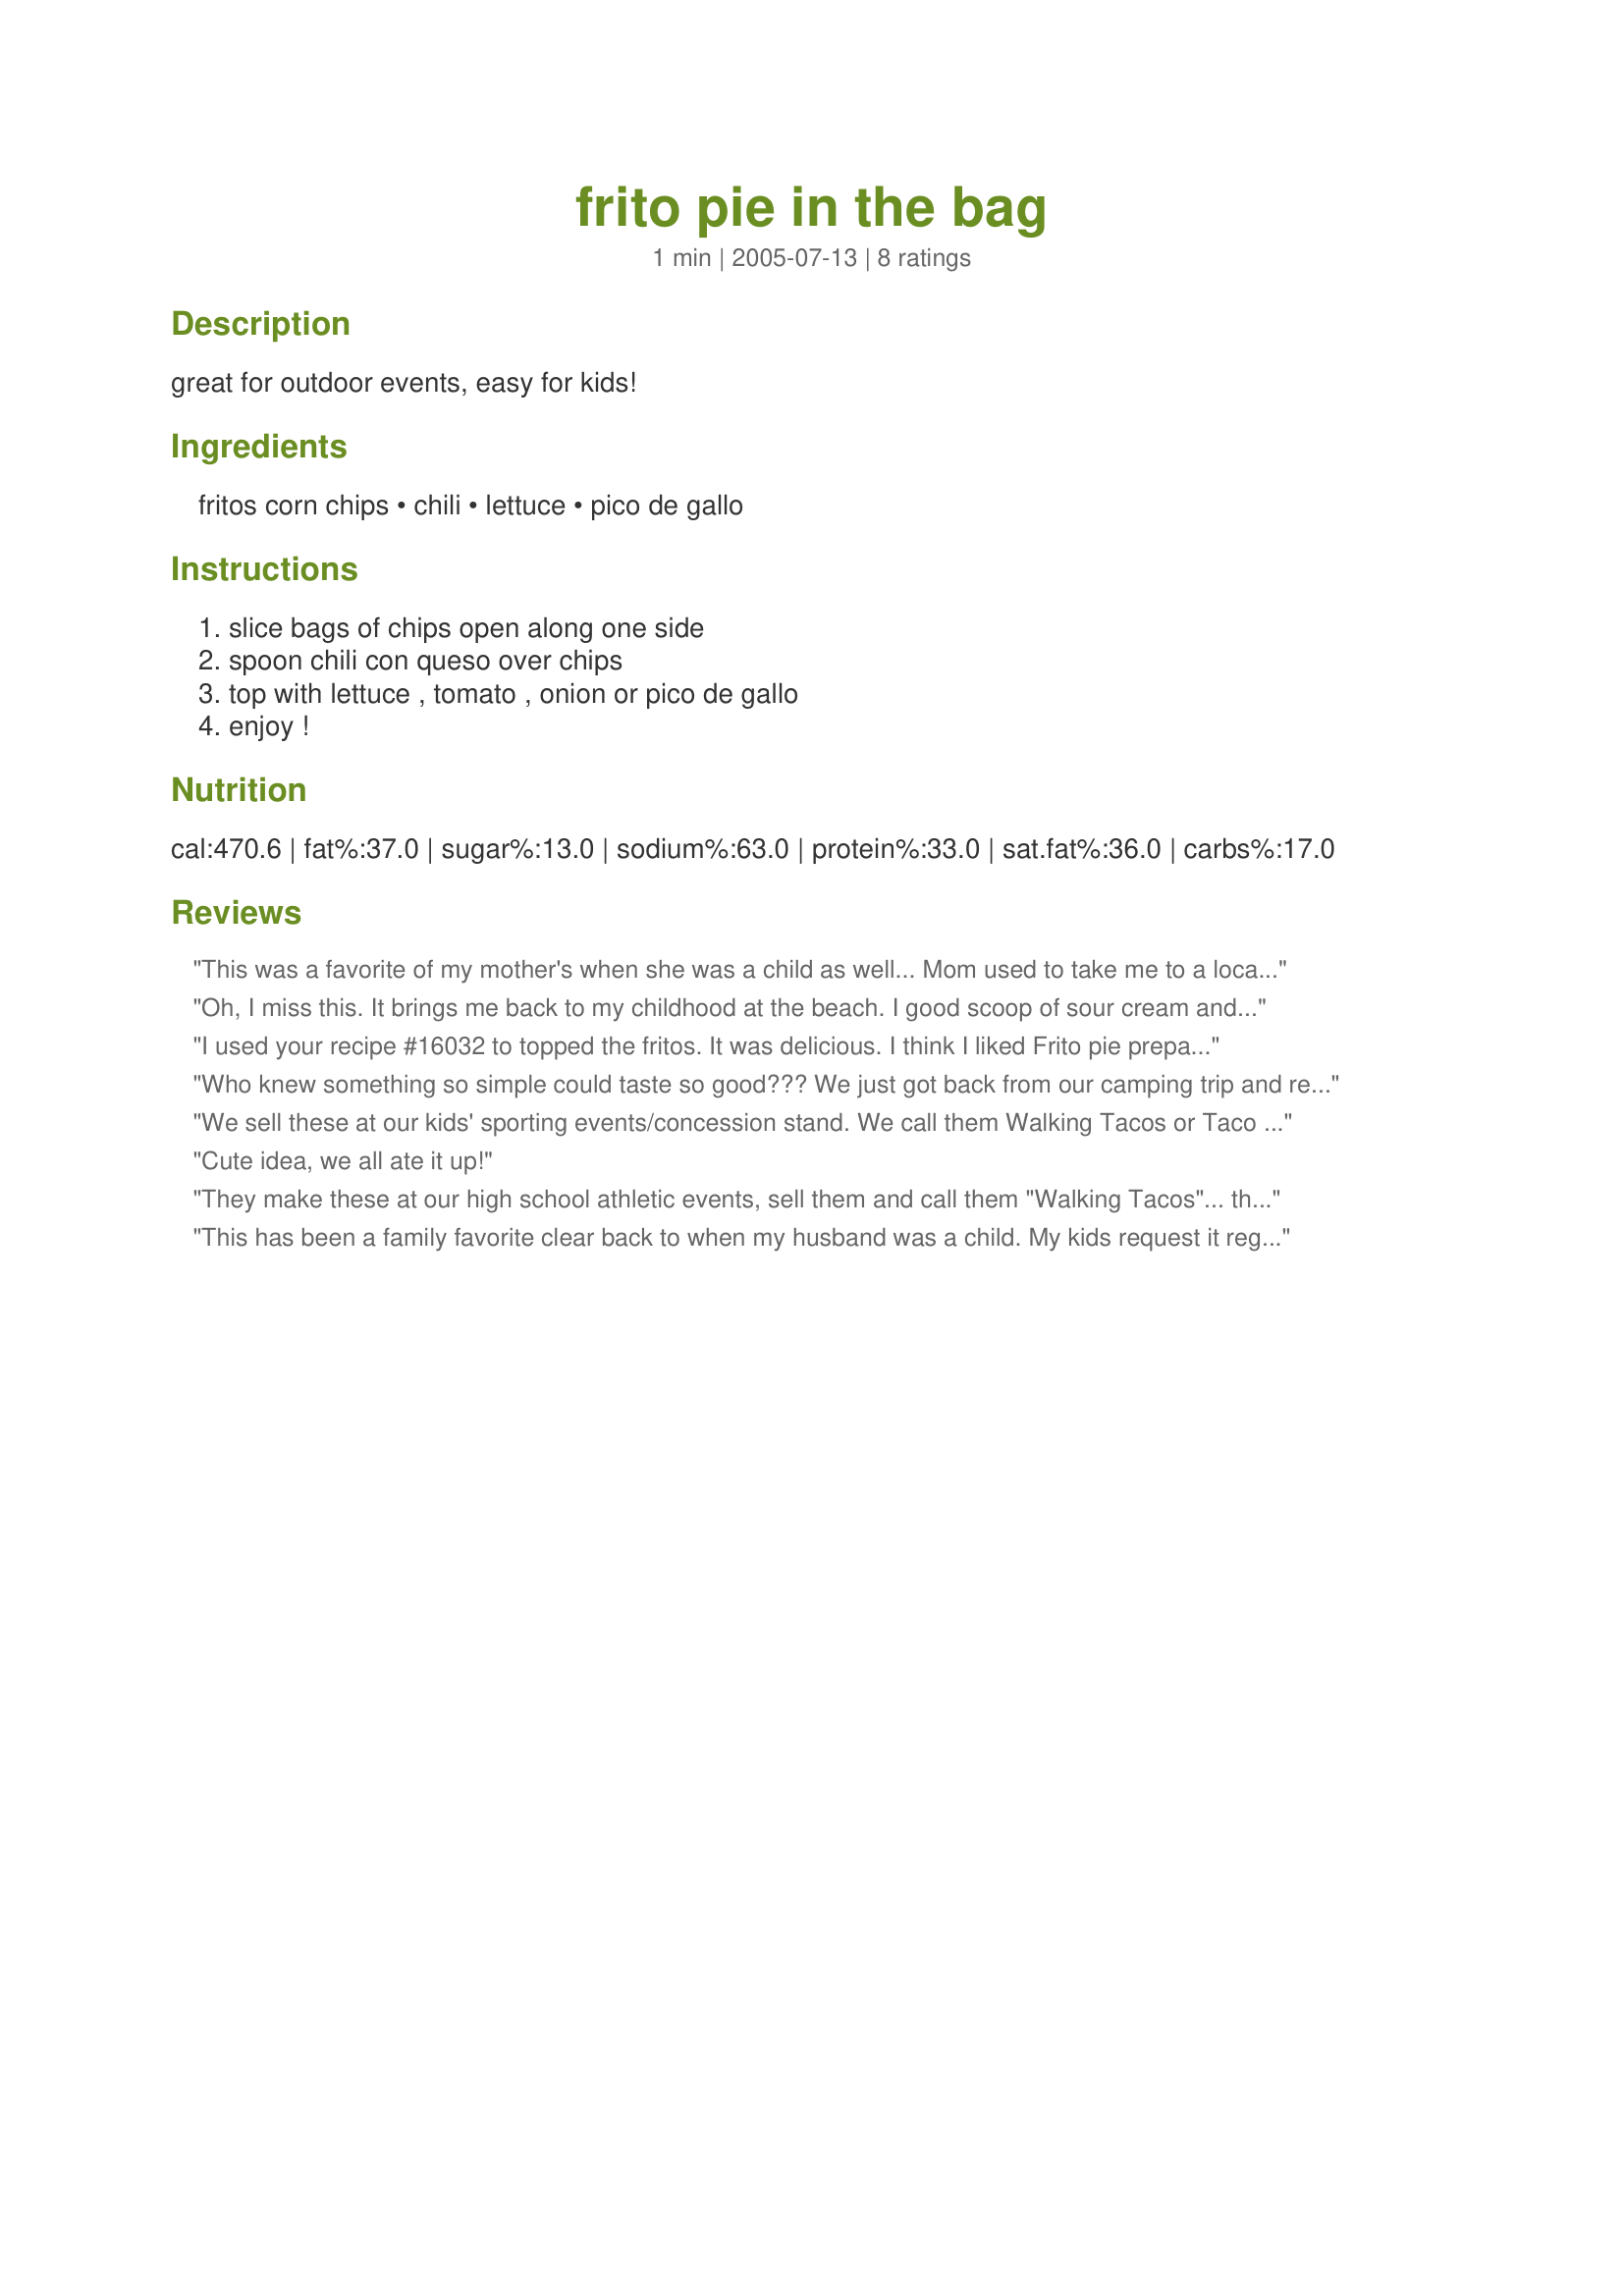
frito pie in the bag
Preparation time: 1 minutes

great for outdoor events, easy for kids!

Ingredients:
fritos corn chips, chili, lettuce, pico de gallo

Steps:
slice bags of chips open along one side, spoon chili con queso over chips, top with lettuce , tomato , onion or pico de gallo, enjoy !

Reviews:
This was a favorite of my mother's when she was a child as well... Mom used to take me to a local drive-in where we would both get Frito Pies. Yum! Yum! I'm really glad to find this recipe posted and hope lots of people try it.
Oh, I miss this. It brings me back to my childhood at the beach. I good scoop of sour cream and some shredded cheese makes it a classic.
I used your recipe #16032 to topped the fritos. It was delicious. I think I liked Frito pie prepared this way more than with regular chili. 

Thanks Mommy Makes.

Bullwinkle.
Who knew something so simple could taste so good??? We just got back from our camping trip and really enjoyed this campfire lunch! (I have to admit we used canned chili con carne and heated it on the campfire right in the opened can!) Big hit with the kids! Thanks!
We sell these at our kids' sporting events/concession stand. We call them Walking Tacos or Taco in a bag and more often use Doritios. Instead of chili we use taco meat. Also - don't forget shredded cheese!
Cute idea, we all ate it up!
They make these at our high school athletic events, sell them and call them "Walking Tacos"... the kids love them and they make good money too :)
This has been a family favorite clear back to when my husband was a child. My kids request it regularly. We make it in a bowl, unless we're camping, and we typically use canned chili. We add shredded cheese, lettuce, tomatos, onions, and salsa. Our family name for it is "Ha Cha Cha".
